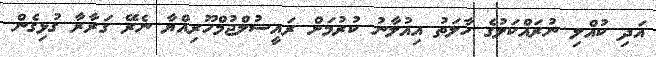
އަދި ކުއްލި ނުރައްކަލުގެ ހާލަތު އިއުލާނު ކުރުމަށް ރައީސުލްޖުމްހޫރިއްޔާ ނެރޭ ގަރާރާ ގުޅިގެން